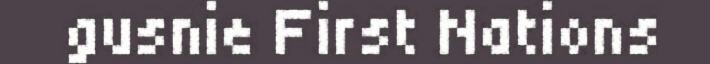
gusnie First Nations